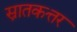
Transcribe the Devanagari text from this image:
स्नातकत्तर